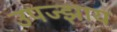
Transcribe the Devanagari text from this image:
उपज्झाय